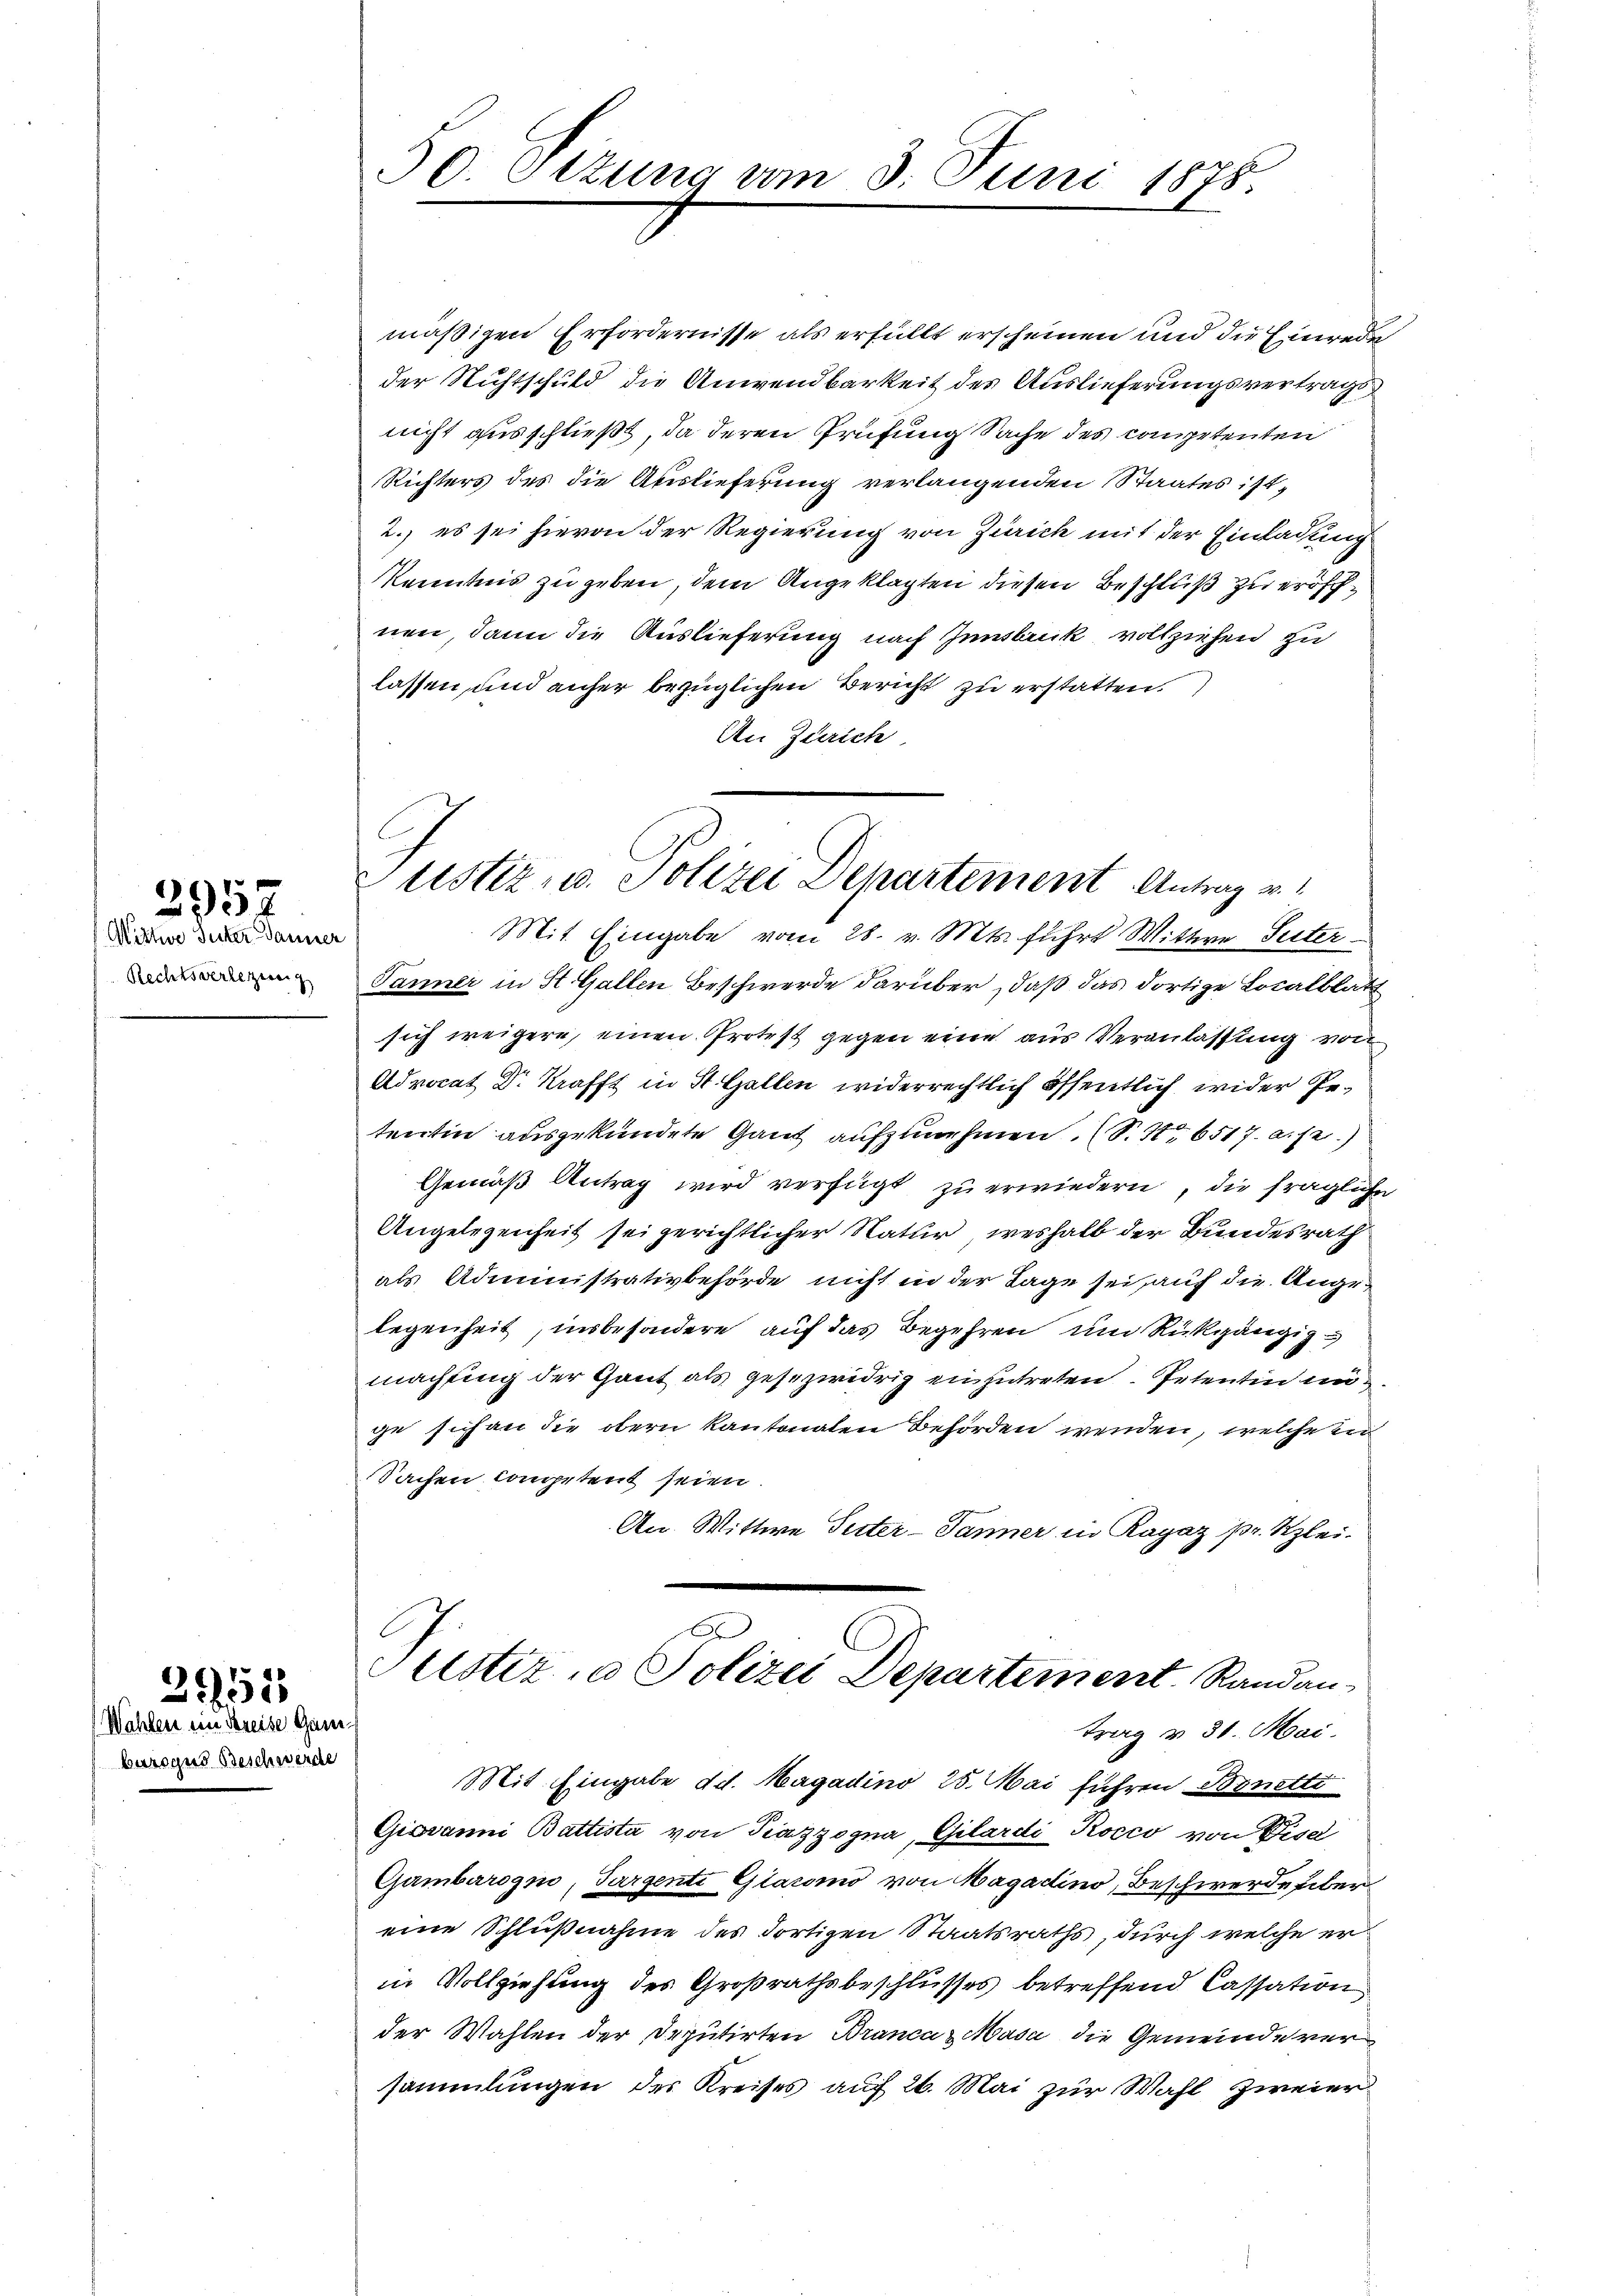
Mittwe Inter Dauer
Rechtsverlegung

395

2955
Wahlen im Streise Gum

burogus Beschwerde

mäßigen Erfordernisse als erfüllt erscheinen und die Einrede
der Nichtschuld die Anwendbarkeit des Auslieferungsvertrags
nicht ausschließt, da deren Prüfung Sache des competenten
Richters des die Auslieferung verlangenden Staates ist,
2.) es sei hievon der Regierung von Zürich mit der Einladung
Kenntnis zu geben, dem Angeklagten diesen Beschluß zu eröschnen, dann die Auslieferung nach Innsbank vollziehen zu
lassen, und anher bezüglichen Bericht zu erstatten.
An Zürich,

50 Ottung vom 3. Juni 1878.

ustiz u. Polizei Departement Antrag v.

Mit Eingabe vom 28. v. Mts. führt Wittwe Seiter
Panner in St. Gallen Beschwerde darüber, daß das dortige Localblatt
sich weigere, einen Protest gegen eine aus Veranlassung von
Advocat Dr. Krafft in St. Gallen widerrechtlich öffentlich wider Petentin ausgekündete Ganz aufzunehmen. (S. S. 6517. a. f.)
Gemäß Antrag wird verfügt zu erwiedern, die fragliche
Angelegenheit sei gerichtlicher Natur, weshalb der Bundesrath
als Administrativbehörde nicht in der Lage sei auf die Angelegenheit, insbesondere auf das Begehren um Rückgängig
machung der Gant als gesezwidrig einzutreten Petentin unge sich an die obern Kantonalen Behörden wenden, welche in
Sachen competent seien.
An Wittwe Suter- Jänner in Ragaz pr. Klei¬
A
ustizio Polizei Departement. Randan
trag v. 31. Mai.
Mit Eingabe d. d. Magadino 25. Mai führen Bonetti
Giovanni Battista von Piazzogna, Gilardi Rosco von Bisel
Gumbarogno, Sargente Giacomo von Magadino, Beschwerde übereine Schlußnahme des dortigen Staatsraths, durch welche er
in Vollziehung des Großrathsbeschlusses betreffend Cassation
der Wahlen der Deputirten BrancazMasa die Gemeinde ver
sammlungen des Kreises auf 26. Mai zur Wahl zweier